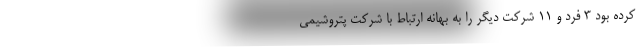
کرده بود ۳ فرد و ۱۱ شرکت دیگر را به بهانه ارتباط با شرکت پتروشیمی